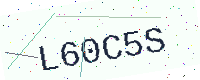
Text: L60C5S